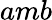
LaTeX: amb